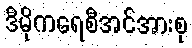
ဒီမိုကရေစီအင်အားစု